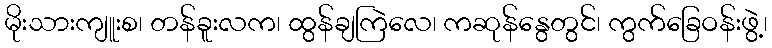
မိုးသားကျူးစ၊ တန်ခူးလက၊ ထွန်ချကြဲလေ၊ ကဆုန်နွေတွင်၊ ကွက်ခြေဝန်းဖွဲ့၊